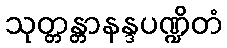
သုတ္တန္တာနန္ဒပဏ္ဍိတံ